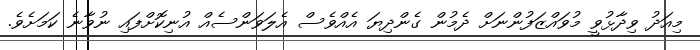
މިއަދު ވިދާޅުވީ މުވައްޒަފުންނަށް ދެމުން ގެންދިޔަ އެއްވެސް އެލަވަންސެއް އުނިކޮށްފައި ނުވާނެ ކަމަށެވެ.